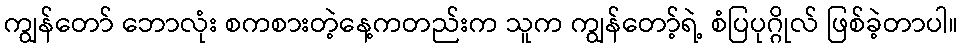
ကျွန်တော် ဘောလုံး စကစားတဲ့နေ့ကတည်းက သူက ကျွန်တော့်ရဲ့ စံပြပုဂ္ဂိုလ် ဖြစ်ခဲ့တာပါ။